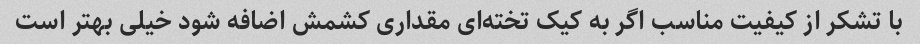
با تشکر از کیفیت مناسب اگر به کیک تخته‌ای مقداری کشمش اضافه شود خیلی بهتر است